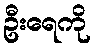
ဦးရေကို